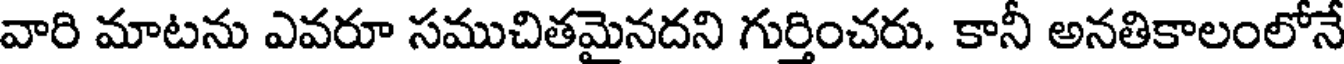
వారి మాటను ఎవరూ సముచితమైనదని గుర్తించరు. కానీ అనతికాలంలోనే